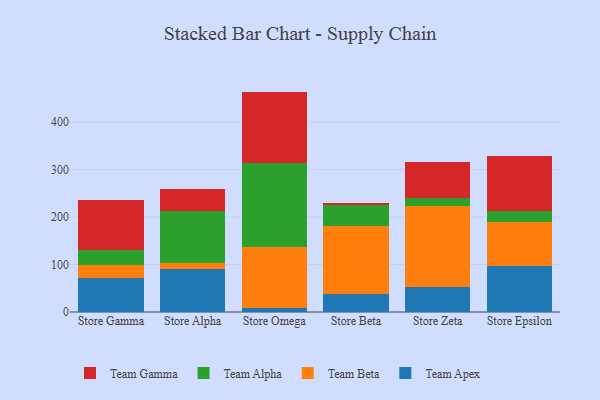
{"axis": {"x": "Store", "y": "Market Share (%)"}, "legend": ["Team Alpha", "Team Apex", "Team Beta", "Team Gamma"], "data": [{"x": "Store Gamma", "y": 70.6, "type": "Team Apex"}, {"x": "Store Gamma", "y": 29.3, "type": "Team Beta"}, {"x": "Store Gamma", "y": 31.5, "type": "Team Alpha"}, {"x": "Store Gamma", "y": 104.6, "type": "Team Gamma"}, {"x": "Store Alpha", "y": 90.3, "type": "Team Apex"}, {"x": "Store Alpha", "y": 13.5, "type": "Team Beta"}, {"x": "Store Alpha", "y": 108.2, "type": "Team Alpha"}, {"x": "Store Alpha", "y": 46.9, "type": "Team Gamma"}, {"x": "Store Omega", "y": 7.8, "type": "Team Apex"}, {"x": "Store Omega", "y": 129.1, "type": "Team Beta"}, {"x": "Store Omega", "y": 177.7, "type": "Team Alpha"}, {"x": "Store Omega", "y": 149.4, "type": "Team Gamma"}, {"x": "Store Beta", "y": 38.4, "type": "Team Apex"}, {"x": "Store Beta", "y": 142.7, "type": "Team Beta"}, {"x": "Store Beta", "y": 43.2, "type": "Team Alpha"}, {"x": "Store Beta", "y": 5.5, "type": "Team Gamma"}, {"x": "Store Zeta", "y": 51.9, "type": "Team Apex"}, {"x": "Store Zeta", "y": 171.1, "type": "Team Beta"}, {"x": "Store Zeta", "y": 16.6, "type": "Team Alpha"}, {"x": "Store Zeta", "y": 76.5, "type": "Team Gamma"}, {"x": "Store Epsilon", "y": 97.7, "type": "Team Apex"}, {"x": "Store Epsilon", "y": 92.4, "type": "Team Beta"}, {"x": "Store Epsilon", "y": 22.7, "type": "Team Alpha"}, {"x": "Store Epsilon", "y": 116.5, "type": "Team Gamma"}]}